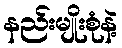
နည်းမျိုးစုံနဲ့